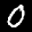
Label: 0